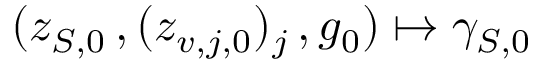
( z _ { S , 0 } \, , ( z _ { v , j , 0 } ) _ { j } \, , g _ { 0 } ) \mapsto \gamma _ { S , 0 }